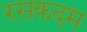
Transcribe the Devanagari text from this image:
रसकदम